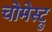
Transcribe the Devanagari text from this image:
चोमेस्ट्रु